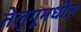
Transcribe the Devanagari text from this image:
तेलुगूमधील